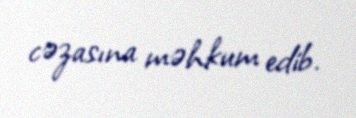
cəzasına məhkum edib.